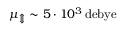
\mu _ { \Updownarrow } \sim 5 \cdot 1 0 ^ { 3 } \, \mathrm { d e b y e }